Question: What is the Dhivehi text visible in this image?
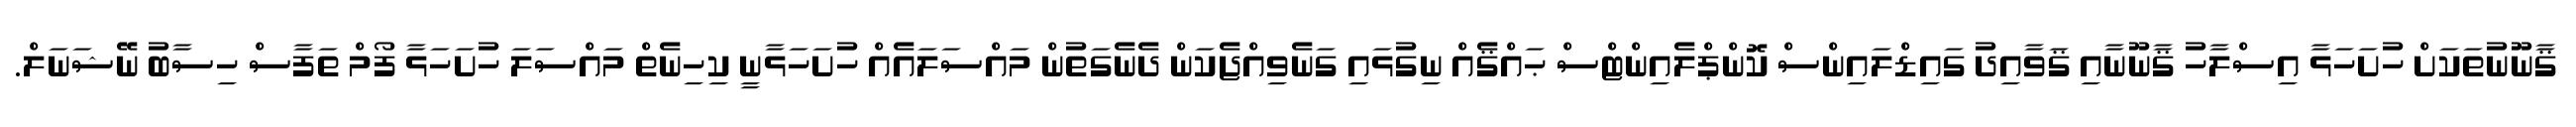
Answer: ޤާނޫނުތަކަށް ހުށަހަޅާ އިސްލާހު ޤާނޫނާއި ޤަވާއިދު ގައިޑްލައިންސް ކޮންޕްލެއިންޓްސް ޙައްޤެއް ނިގުޅައި ގަނެވިއްޖެކަން ދެނެގަތުން މައްސަލައެއް ހުށަހަޅާނީ ކިހިނެތް މައްސަލަ ހުށަހަޅާ ފޯމް ތަފާސް ހިސާބު ނޭޝަނަލް.